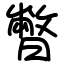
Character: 暼